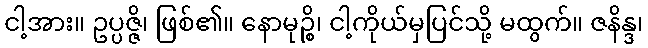
ငါ့အား။ ဥပ္ပဇ္ဇိ၊ ဖြစ်၏။ နောမုဉ္စိ၊ ငါ့ကိုယ်မှပြင်သို့ မထွက်။ ဇနိန္ဒ၊